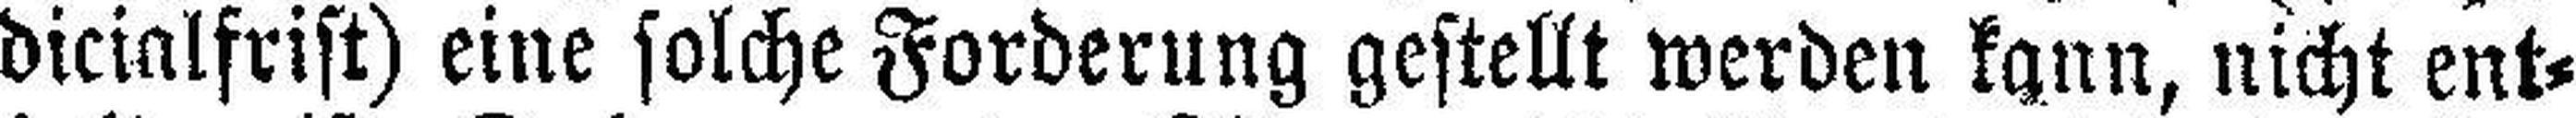
dicialfrist) eine solche Forderung gestellt werden kann, nicht ent¬